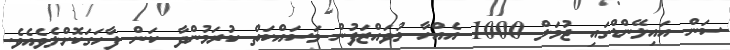
ސަން އައިލޭންޑްގައި ޖުމަލް 1000 އެއްހާ މުވައްޒަފުން މަސައްކަތް ކުރަމުންދާ ކަން ފާހަގަކޮށްލެވެއެވެ.